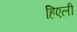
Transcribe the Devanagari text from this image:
हिएली